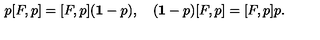
p [ F , p ] = [ F , p ] ( { \bf 1 } - p ) , \quad ( { \bf 1 } - p ) [ F , p ] = [ F , p ] p .